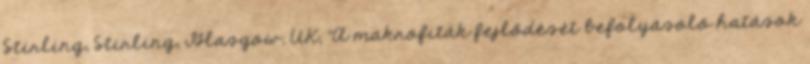
Stirling, Stirling, Glasgow, UK, ”A makrofiták fejlődését befolyásoló hatások